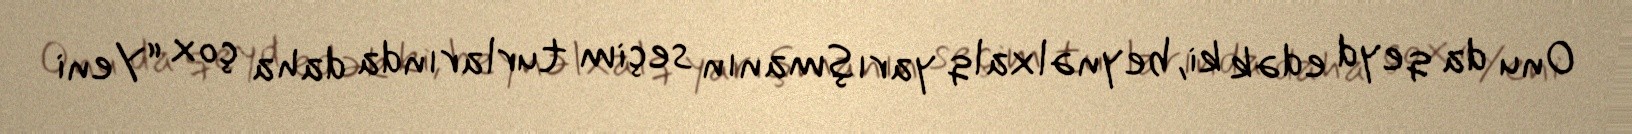
Onu da qeyd edək ki, beynəlxalq yarışmanın seçim turlarında daha çox “Yeni